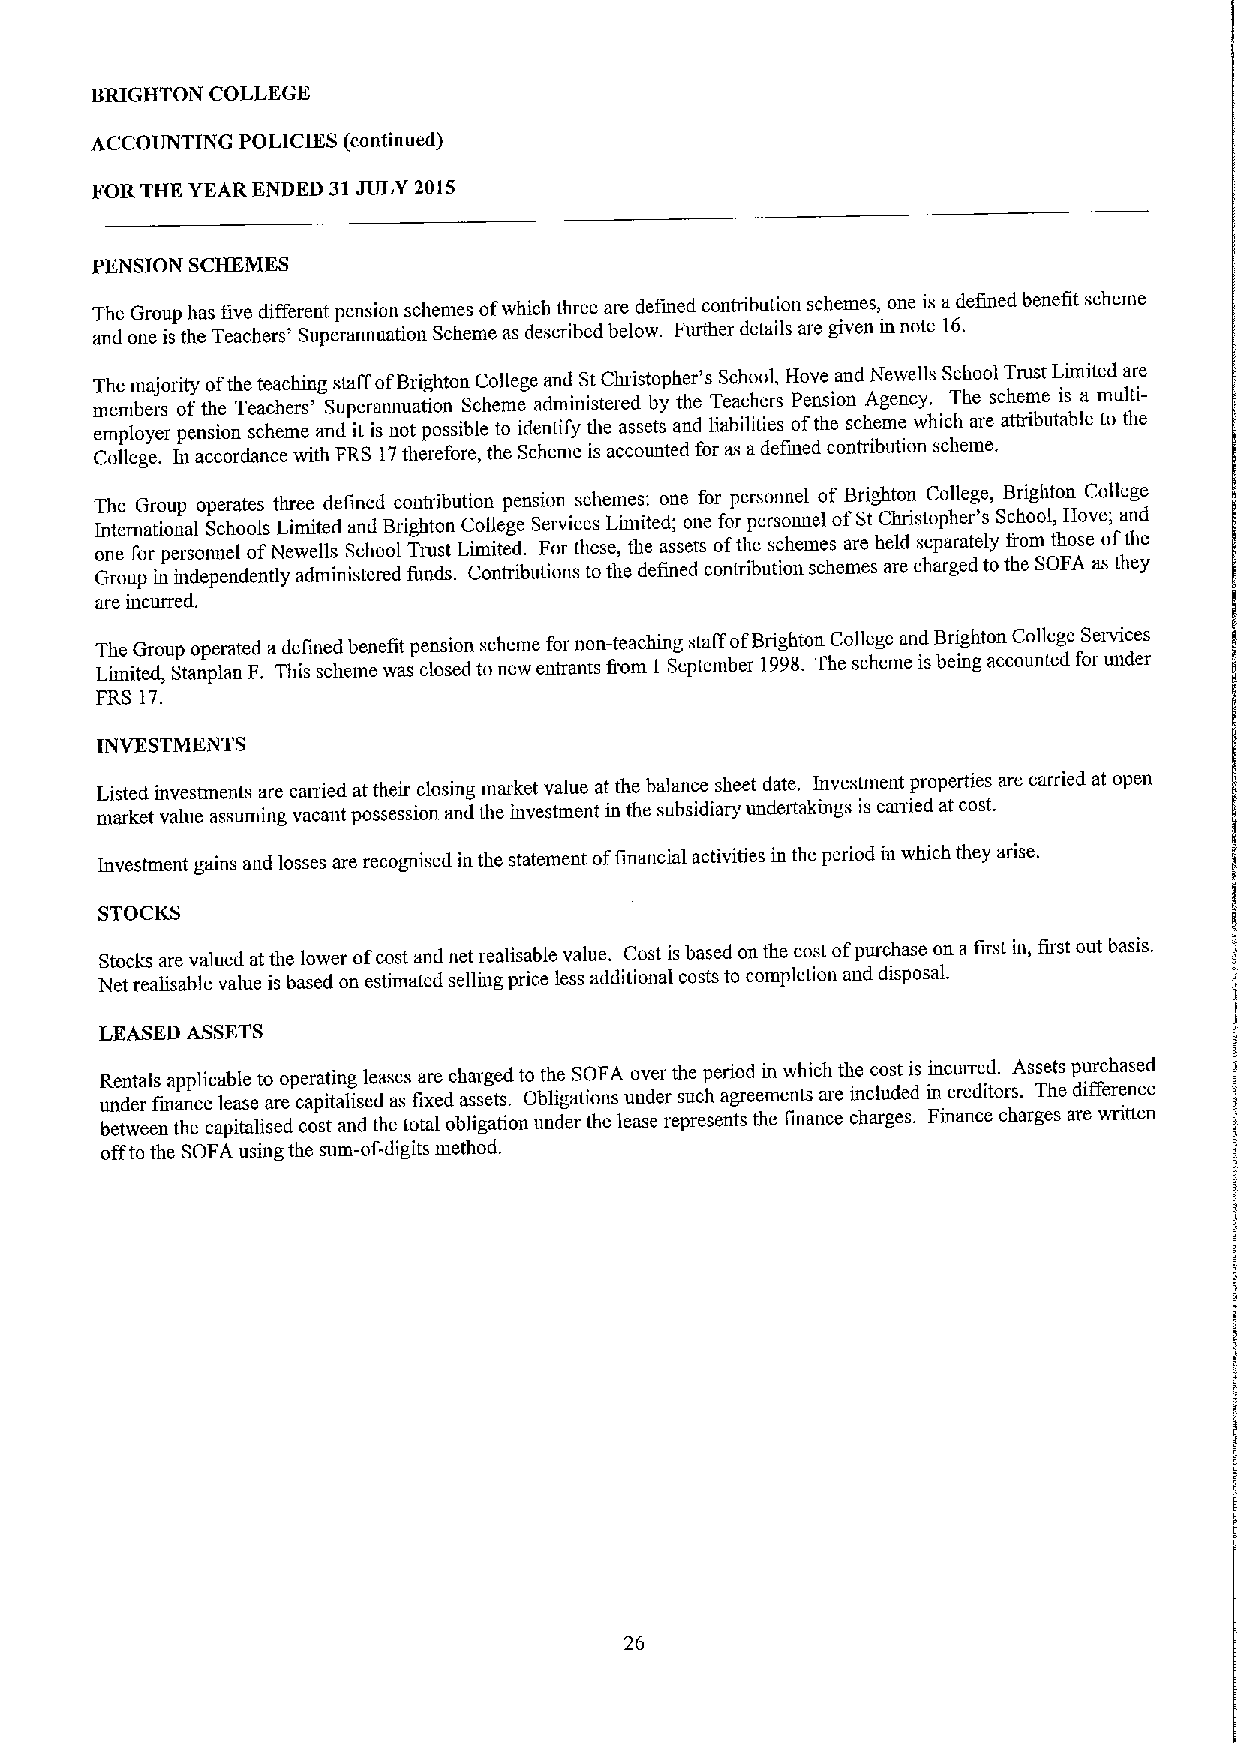
BRIGHTON COLLEGE
 ACCOUNTING POLICIES (continued)
 FOR THE YEAR ENDED 31JULY 2015
 PENSION SCHEMES
 The Group has five different pension schemes ofwhich three are defined contribution schemes, one is adefined benefit scheme
 and one is the Teachers' Superannuation Scheme as described below. Further details are given in note 16.
 The majority ofthe teaching staff ofBrighton College and StChristopher's School, Hove and Newells School Trust Limited are
 members ofthe Teachers' Superannuation Scheme administered by the Teachers Pension Agency. The scheme is a multi-
 employer pension scheme and it is not possible to identify the assets and liabilities ofthe scheme which are attributable to the
 College. In accordance with FRS 17therefore, the Scheme is accounted for as adefined contribution scheme.
 The Group operates three defined contribution pension schemes: one for personnel of Brighton College, Brighton College
 I on nt eern fa ot rio pn ea rl sonS nc elhoo ol fs NL ei wm ei lt le sd Sa cn hd oB olrig Th rt uo sn
 t
 LC io ml il te eg de
 .
 S Fe orv ric thes eseL ,im thi eted a; sseo tn se ofo fr thp eer ss co hn en mel esof arS et hC eh ldris sto epp ah re ar t' es
 ly
 S fc ih oo mol, thH oso eve o; fa tn hd
 e
 Group in independently administered funds. Contributions tothe defined contribution schemes are charged tothe SOFA asthey
 are incurred.
 The Group operated adefined benefit pension scheme for non-teaching staff ofBrighton College and Brighton College Services
 Limited, Stanplan F. This scheme was closed to new entrants fiom I September 1998. The scheme isbeing accounted for under
 FRS 17.
 INVESTMENTS
 Listed investments are carried at their closing market value at the balance sheet date. Investment properties are carried at open
 market value assuming vacant possession and the investment in the subsidiary undertakings is carried at cost.
 Investment gains and losses are recognised in the statement offinancial activities in the period in which they arise.
 STOCKS
 Stocks are valued at the lower ofcost and net realisable value. Cost is based on the cost ofpurchase on afirst in, first out basis.
 Net realisable value is based on estimated selling price less additional costs to completion and disposal.
 LEASED ASSETS
 Rentals applicable to operating leases are charged to the SOFA over the period in which the cost is incmred. Assets purchased
 under finance lease are capitalised as fixed assets. Obligations under such agreements are included in creditors. The difference
 between the capitalised cost and the total obligation under the lease represents the finance charges. Finance charges are written
 offto the SOFA using the sum-of-digits method.